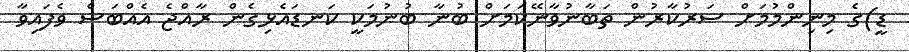
ޑީ)ގެ މިނިންމުމަށް ސަރުކާރުން ތަބާނުވާނޭކަމަށް ބުނާ ބުނުމަކީ ކަނޑައެޅިގެން ރާއްޖެ އެއްބަސް ވެފައިވާ